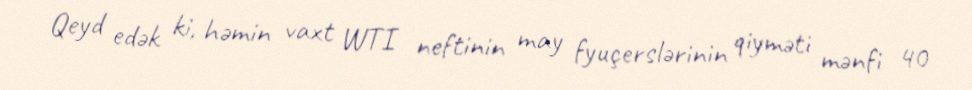
Qeyd edək ki, həmin vaxt WTI neftinin may fyuçerslərinin qiyməti mənfi 40